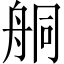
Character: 𦨴